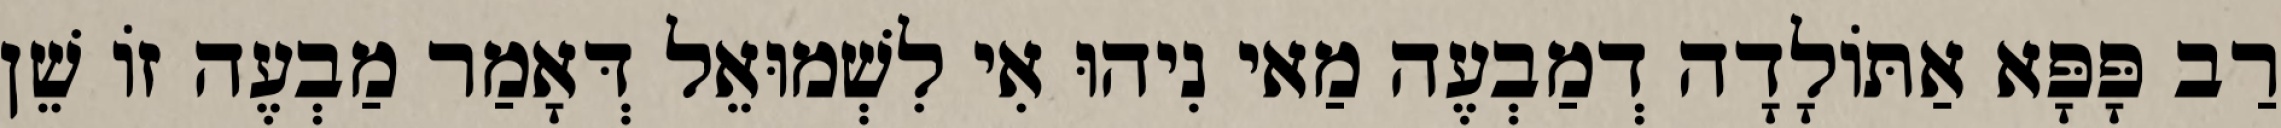
רַב פָּפָּא אַתּוֹלָדָה דְמַבְעֶה מַאי נִיהוּ אִי לִשְׁמוּאֵל דְּאָמַר מַבְעֶה זוֹ שֵׁן